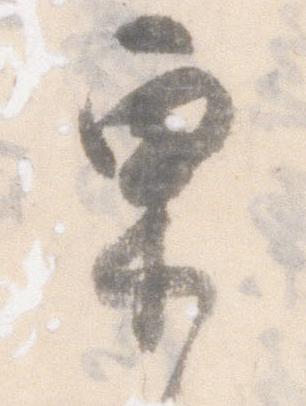
栗